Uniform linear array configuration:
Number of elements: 32
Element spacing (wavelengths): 0.5
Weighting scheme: binomial
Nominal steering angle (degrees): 0
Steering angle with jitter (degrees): -0.1393
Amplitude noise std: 0.05
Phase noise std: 0.05

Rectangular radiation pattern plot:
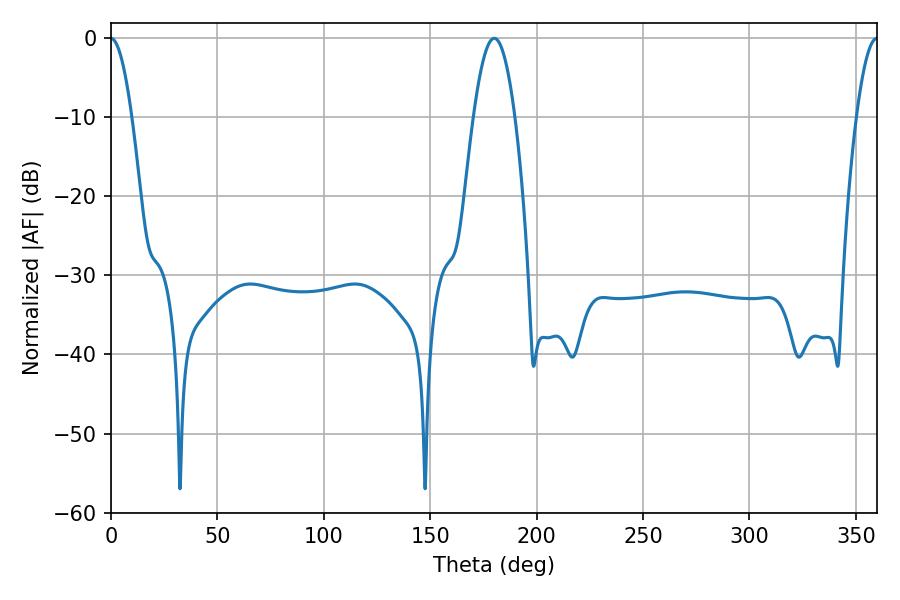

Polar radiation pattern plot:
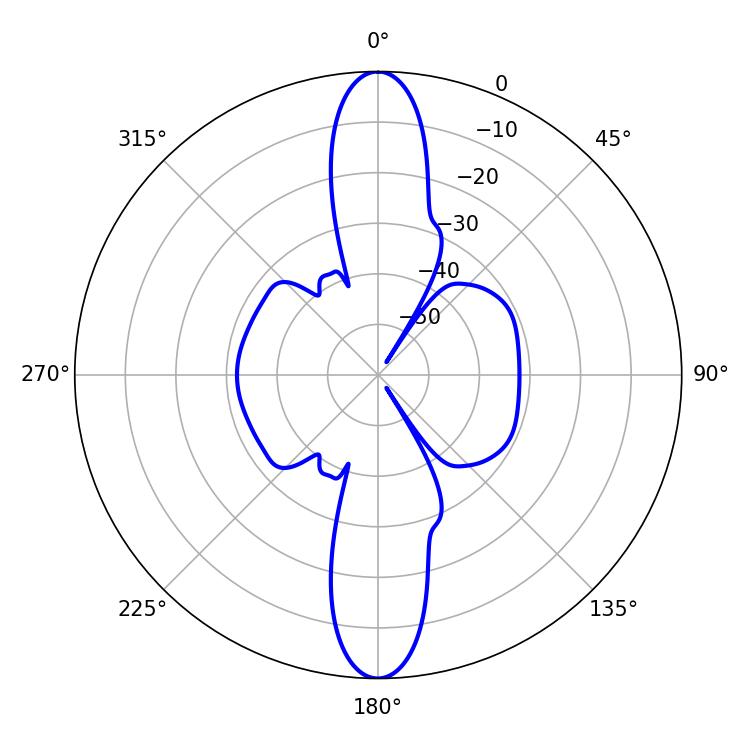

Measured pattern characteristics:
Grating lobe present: FALSE
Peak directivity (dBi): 39.488
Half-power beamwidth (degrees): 5.22
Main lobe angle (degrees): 0